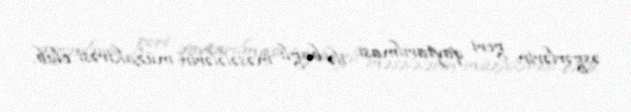
əsgərlərin geri qaytarılması ilə bağlı məsələlərin müzakirəsi olub.